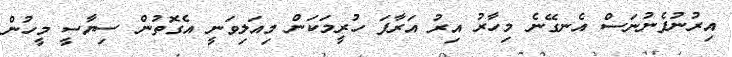
އިރުނުފެނުނަސް އެނގޭނެ މިހާރު އިރު އަރާފަ ހުރީމަކަން މިއަލިވަނީ އެގޮތުން ސިޔާސީ މީހުން